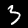
Label: 3